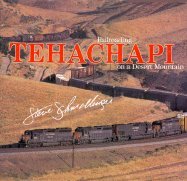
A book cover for Tehachapi: Railroading on a Desert Mountain; Steve Schmollinger; Travel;